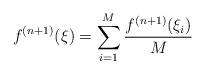
LaTeX: \begin{align*}f^{(n+1)}(\xi)=\sum_{i=1}^{M} \frac{f^{(n+1)}(\xi_i)}{M}\end{align*}